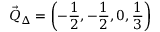
\vec { Q } _ { \Delta } = \left( - \frac { 1 } { 2 } , - \frac { 1 } { 2 } , 0 , \frac { 1 } { 3 } \right)